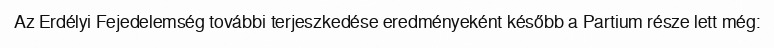
Az Erdélyi Fejedelemség további terjeszkedése eredményeként később a Partium része lett még: